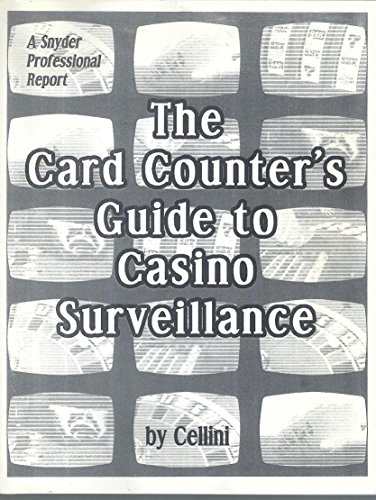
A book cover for The card counter's guide to casino surveillance; Cellini; Humor & Entertainment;